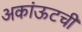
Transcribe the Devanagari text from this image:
अकांऊटची